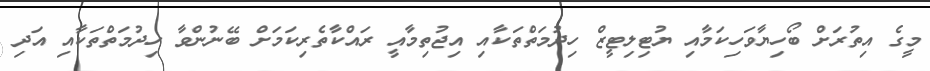
މީގެ އިތުރަށް ބޯހިޔާވަހިކަމާއި ޔުޓިލިޓީޒް ހިދުމަތްތަކާއި އިޖުތިމާއީ ރައްކާތެރިކަމަށް ބޭނުންވާ ހިދުމަތްތަކާއި އަދި